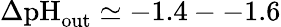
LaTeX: \Delta\textrm{pH}_{\textrm{out}}\simeq-1.4--1.6